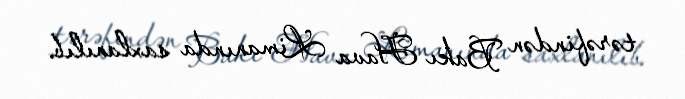
tərəfindən Bakı Hava Limanında saxlanılıb.